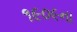
૧૯૦૯ના